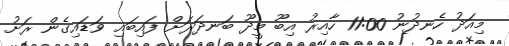
މިއަދު ހެނދުނު 11:00 ހާއިރު އިބޫ މީދޫ ބަނދަރަށް ފައިބައި ވަޑައިގެން ރަށު